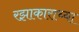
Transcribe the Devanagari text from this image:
रझाकाराच्या